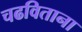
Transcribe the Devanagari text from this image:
चढविताना